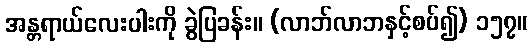
အန္တရာယ်လေးပါးကို ခွဲပြခန်း။ (လာဘ်လာဘနှင့်စပ်၍) ၁၅၇။